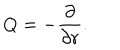
LaTeX: Q = - { \frac { \partial } { \partial r } } .